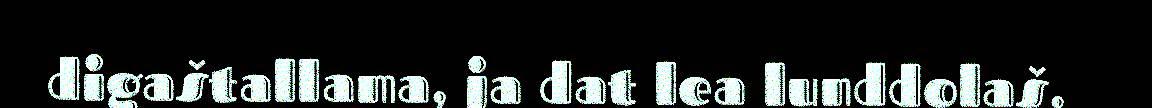
digaštallama, ja dat lea lunddolaš.